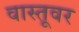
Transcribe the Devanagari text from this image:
वास्तूवर